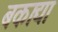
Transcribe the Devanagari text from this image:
बकाद्या